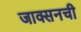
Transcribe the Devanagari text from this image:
जाक्सनची